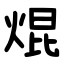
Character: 焜